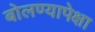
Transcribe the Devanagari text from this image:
बोलण्यापेक्षा